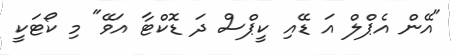
"އޭން އެޕްލް އަ ޑޭއި ކީޕްސް ދަ ޑޮކްޓާ އަވޭ" މި ކޯޓަކީ